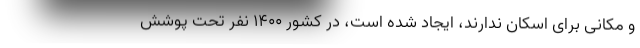
و مکانی برای اسکان ندارند، ایجاد شده است، در کشور ۱۴۰۰ نفر تحت پوشش